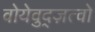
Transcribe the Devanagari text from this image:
वोयेवुद्ज़त्वो